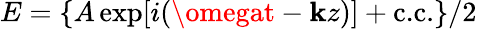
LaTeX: E=\{ A\exp[i(\omegat-\mathbf{k}z)]+\textrm{{c.c.}}\} /2